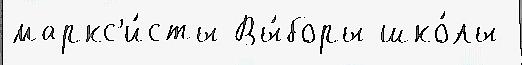
маркс'и́сты Вы́боры шко́лы